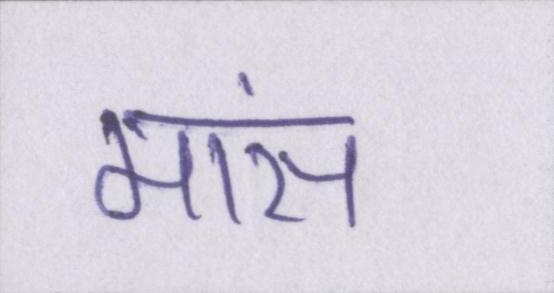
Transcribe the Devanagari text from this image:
मांस